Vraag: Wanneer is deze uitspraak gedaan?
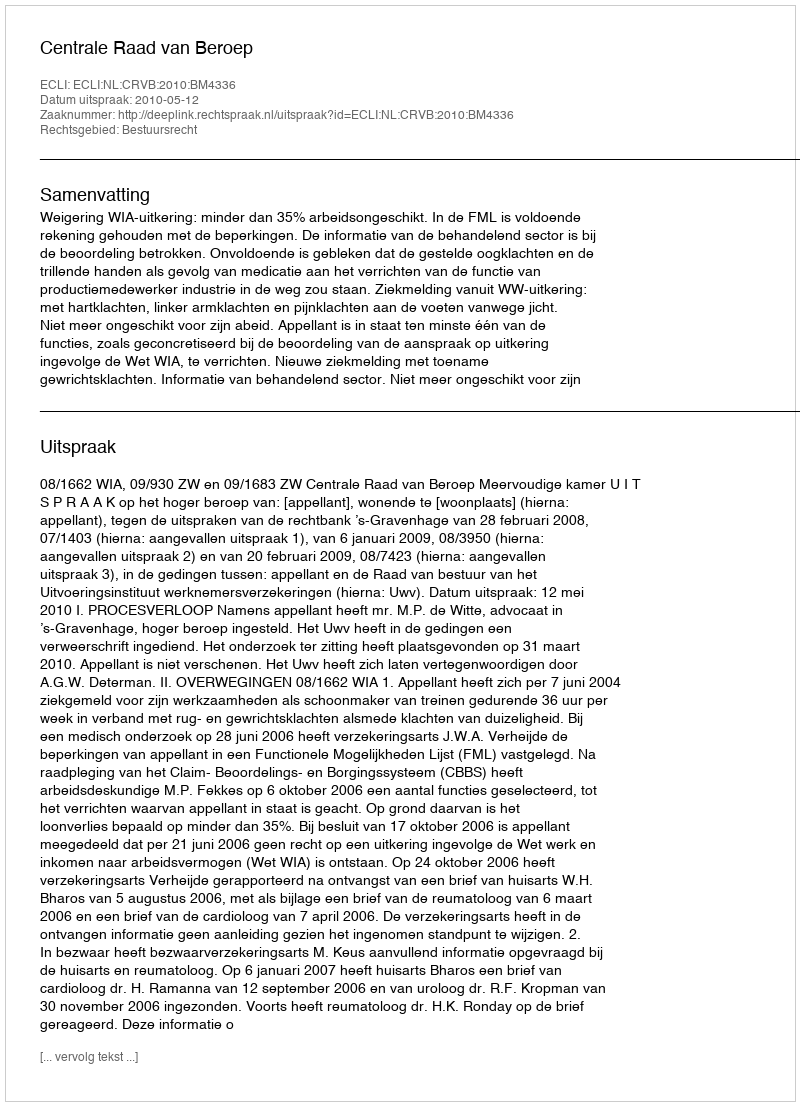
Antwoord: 2010-05-12